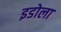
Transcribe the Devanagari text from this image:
इडोला